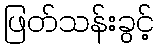
ဖြတ်သန်းခွင့်